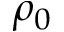
\rho _ { 0 }